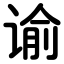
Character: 谕